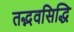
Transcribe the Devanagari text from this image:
तद्भवसिद्धि